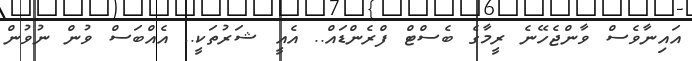
އައިނާވެސް ވާންޖެހޭނެ ރީމާގެ ބެސްޓް ފްރެންޑައް.. އެއީ ޝަރުތަކީ.. އެއްބަސް ވުން ނުވުން